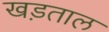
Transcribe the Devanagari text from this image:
खड़ताल